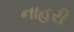
નાહરી